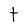
Character: t